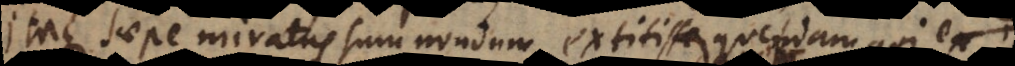
Itaque saepe miratus sum nondum extitisse quendam qui ex